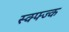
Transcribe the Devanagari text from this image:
स्क्फ्ज्क